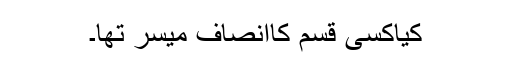
کیاکسی قسم کاانصاف میسر تھا۔